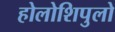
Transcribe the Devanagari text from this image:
होलोशिपुलो